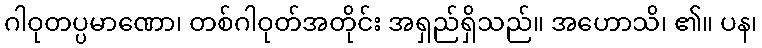
ဂါဝုတပ္ပမာဏော၊ တစ်ဂါဝုတ်အတိုင်း အရှည်ရှိသည်။ အဟောသိ၊ ၏။ ပန၊